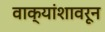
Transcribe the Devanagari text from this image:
वाक्यांशावरून